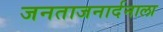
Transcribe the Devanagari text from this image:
जनताजनार्दनाला